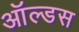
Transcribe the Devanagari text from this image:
ऑल्डस